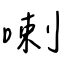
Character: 喇